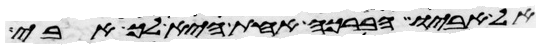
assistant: אל אביו הברכה אחת היא לך אבי